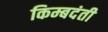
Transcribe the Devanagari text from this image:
किम्बदंती